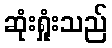
ဆုံးရှုံးသည်